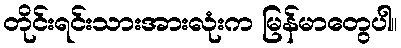
တိုင်းရင်းသားအားလုံးက မြန်မာတွေပါ။